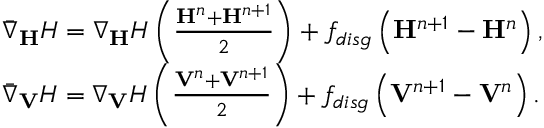
\begin{array} { r l } & { \bar { \nabla } _ { \mathbf H } H = \nabla _ { \mathbf H } H \left( \frac { { \mathbf H } ^ { n } + { \mathbf H } ^ { n + 1 } } { 2 } \right) + f _ { d i s g } \left( { \mathbf H } ^ { n + 1 } - { \mathbf H } ^ { n } \right) , } \\ & { \bar { \nabla } _ { \mathbf V } H = \nabla _ { \mathbf V } H \left( \frac { { \mathbf V } ^ { n } + { \mathbf V } ^ { n + 1 } } { 2 } \right) + f _ { d i s g } \left( { \mathbf V } ^ { n + 1 } - { \mathbf V } ^ { n } \right) . } \end{array}